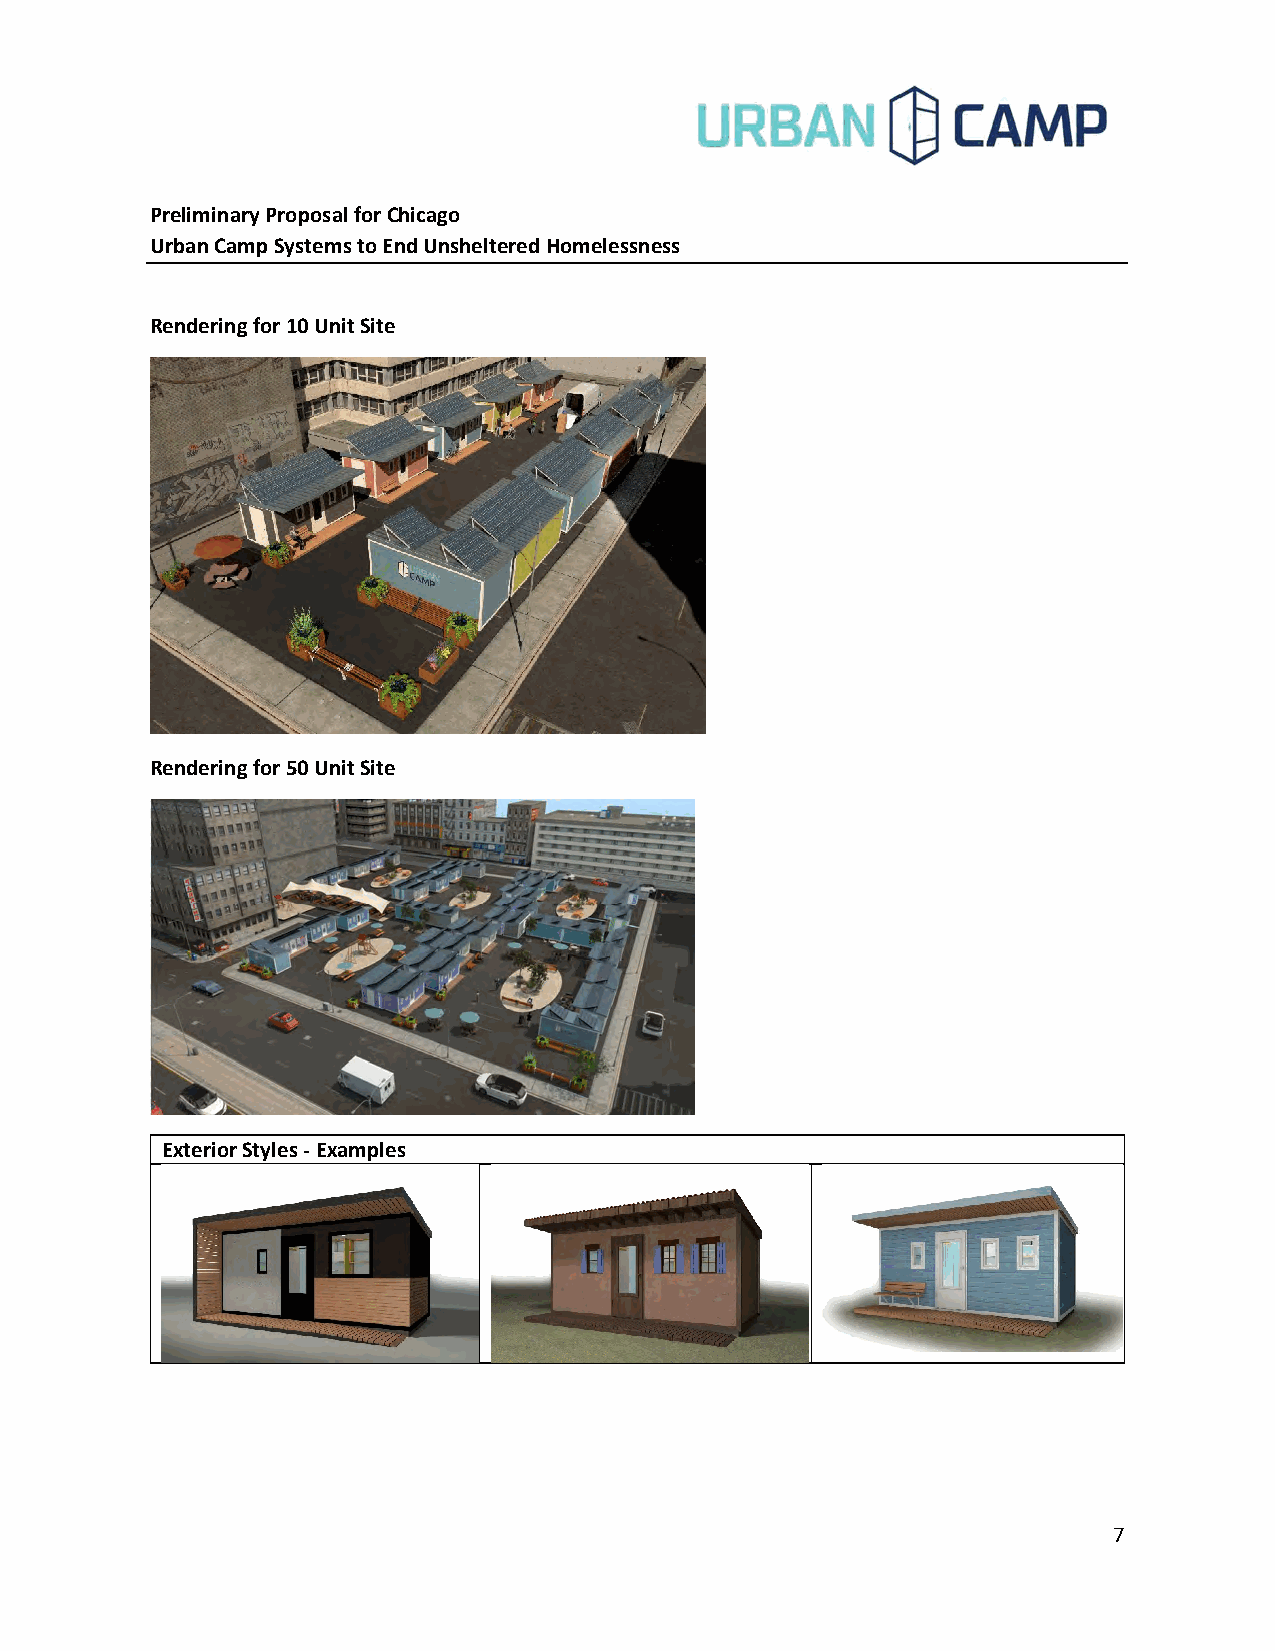
Preliminary Proposal for Chicago
 Urban Camp Systems to End Unsheltered Homelessness
 Rendering for 10 Unit Site
 Rendering for 50 Unit Site
 Exterior Styles ‐ Examples
 7